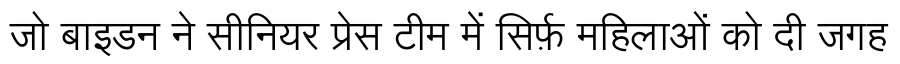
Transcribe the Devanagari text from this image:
जो बाइडन ने सीनियर प्रेस टीम में सिर्फ़ महिलाओं को दी जगह